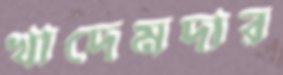
খাদেমদার